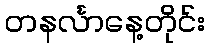
တနင်္လာနေ့တိုင်း